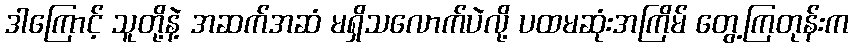
ဒါကြောင့် သူတို့နဲ့ အဆက်အဆံ မရှိသလောက်ပဲလို့ ပထမဆုံးအကြိမ် တွေ့ကြတုန်းက